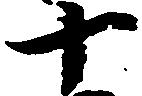
十